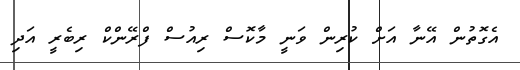
އެގޮތުން އޭނާ އަށް ކުރިން ވަނީ މާކޮސް ރިއުސް ފްރޭންކް ރިބެރީ އަދި